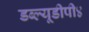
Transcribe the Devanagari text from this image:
डब्ल्यूडीपी४